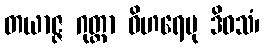
တယာဇ္ဇ ဂုတ္တာ ဝိဟရေမု ဒိဝသံ၊